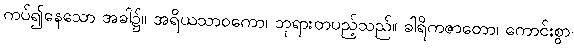
ကပ်၍နေသော အခါ၌။ အရိယသာဝကော၊ ဘုရားတပည့်သည်။ ခါရိကဇာတော၊ ကောင်းစွာ